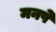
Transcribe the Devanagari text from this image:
मनपे